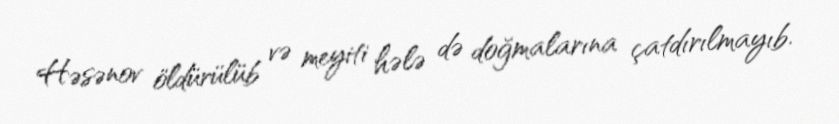
Həsənov öldürülüb və meyiti hələ də doğmalarına çatdırılmayıb.